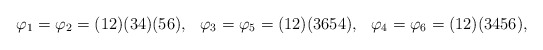
\begin{align*}\varphi_1=\varphi_2=(12)(34)(56),&&\varphi_3=\varphi_5=(12)(3654),&&\varphi_4=\varphi_6=(12)(3456),\end{align*}